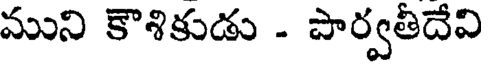
ముని కౌశికుడు - పార్వతీదేవి